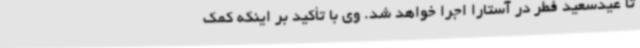
تا عیدسعید فطر در آستارا اجرا خواهد شد. وی با تأکید بر اینکه کمک